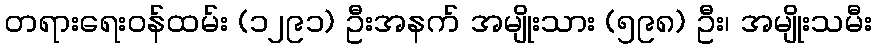
တရားရေးဝန်ထမ်း (၁၂၉၁) ဦးအနက် အမျိုးသား (၅၉၈) ဦး၊ အမျိုးသမီး